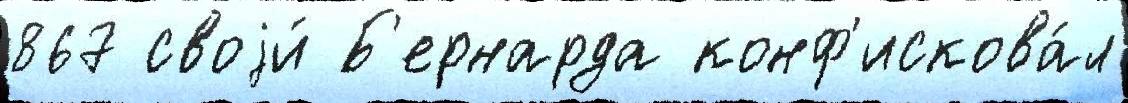
867 своjи́ Б'ернарда конф'искова́л